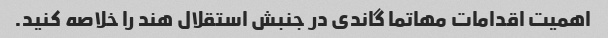
اهمیت اقدامات مهاتما گاندی در جنبش استقلال هند را خلاصه کنید.